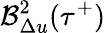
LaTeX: \mathcal{B}_{\Delta u}^{2}(\tau^{+})